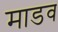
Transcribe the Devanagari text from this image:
माडव